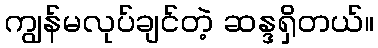
ကျွန်မလုပ်ချင်တဲ့ ဆန္ဒရှိတယ်။